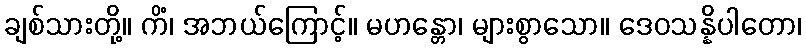
ချစ်သားတို့။ ကိံ၊ အဘယ်ကြောင့်။ မဟန္တော၊ များစွာသော။ ဒေဝသန္နိပါတော၊